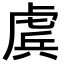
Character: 𧇀